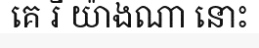
គេ រឺ យ៉ាងណា នោះ